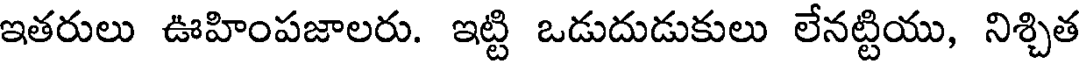
ఇతరులు ఊహింపజాలరు. ఇట్టి ఒడుదుడుకులు లేనట్టియు, నిశ్చిత